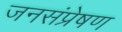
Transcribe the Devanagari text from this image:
जनसंप्रेषण